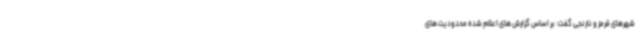
شهرهای قرمز و نارنجی گفت: بر اساس گزارش های اعلام شده محدودیت های